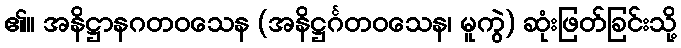
၏။ အနိဋ္ဌာနဂတဝသေန (အနိဋ္ဌင်္ဂတဝသေန၊ မူကွဲ) ဆုံးဖြတ်ခြင်းသို့